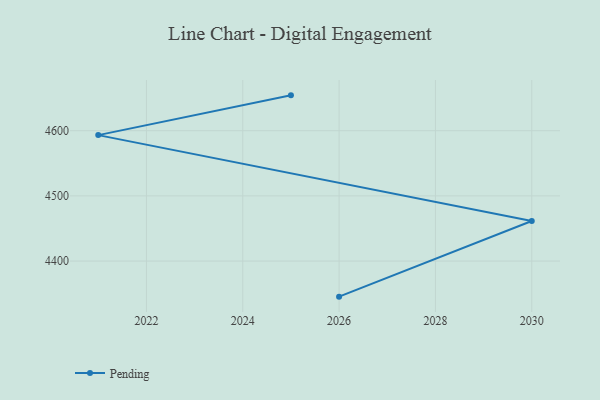
{"axis": {"x": "Year", "y": "Churn Rate (%)"}, "legend": ["Pending"], "data": [{"x": "2025", "y": 4654.2, "type": "Pending"}, {"x": "2021", "y": 4593.2, "type": "Pending"}, {"x": "2030", "y": 4461.5, "type": "Pending"}, {"x": "2026", "y": 4345.4, "type": "Pending"}]}